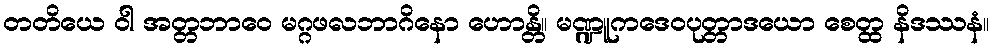
တတိယေ ဝါ အတ္တဘာဝေ မဂ္ဂဖလဘာဂိနော ဟောန္တိ။ မဏ္ဍူကဒေဝပုတ္တာဒယော စေတ္ထ နိဒဿနံ။